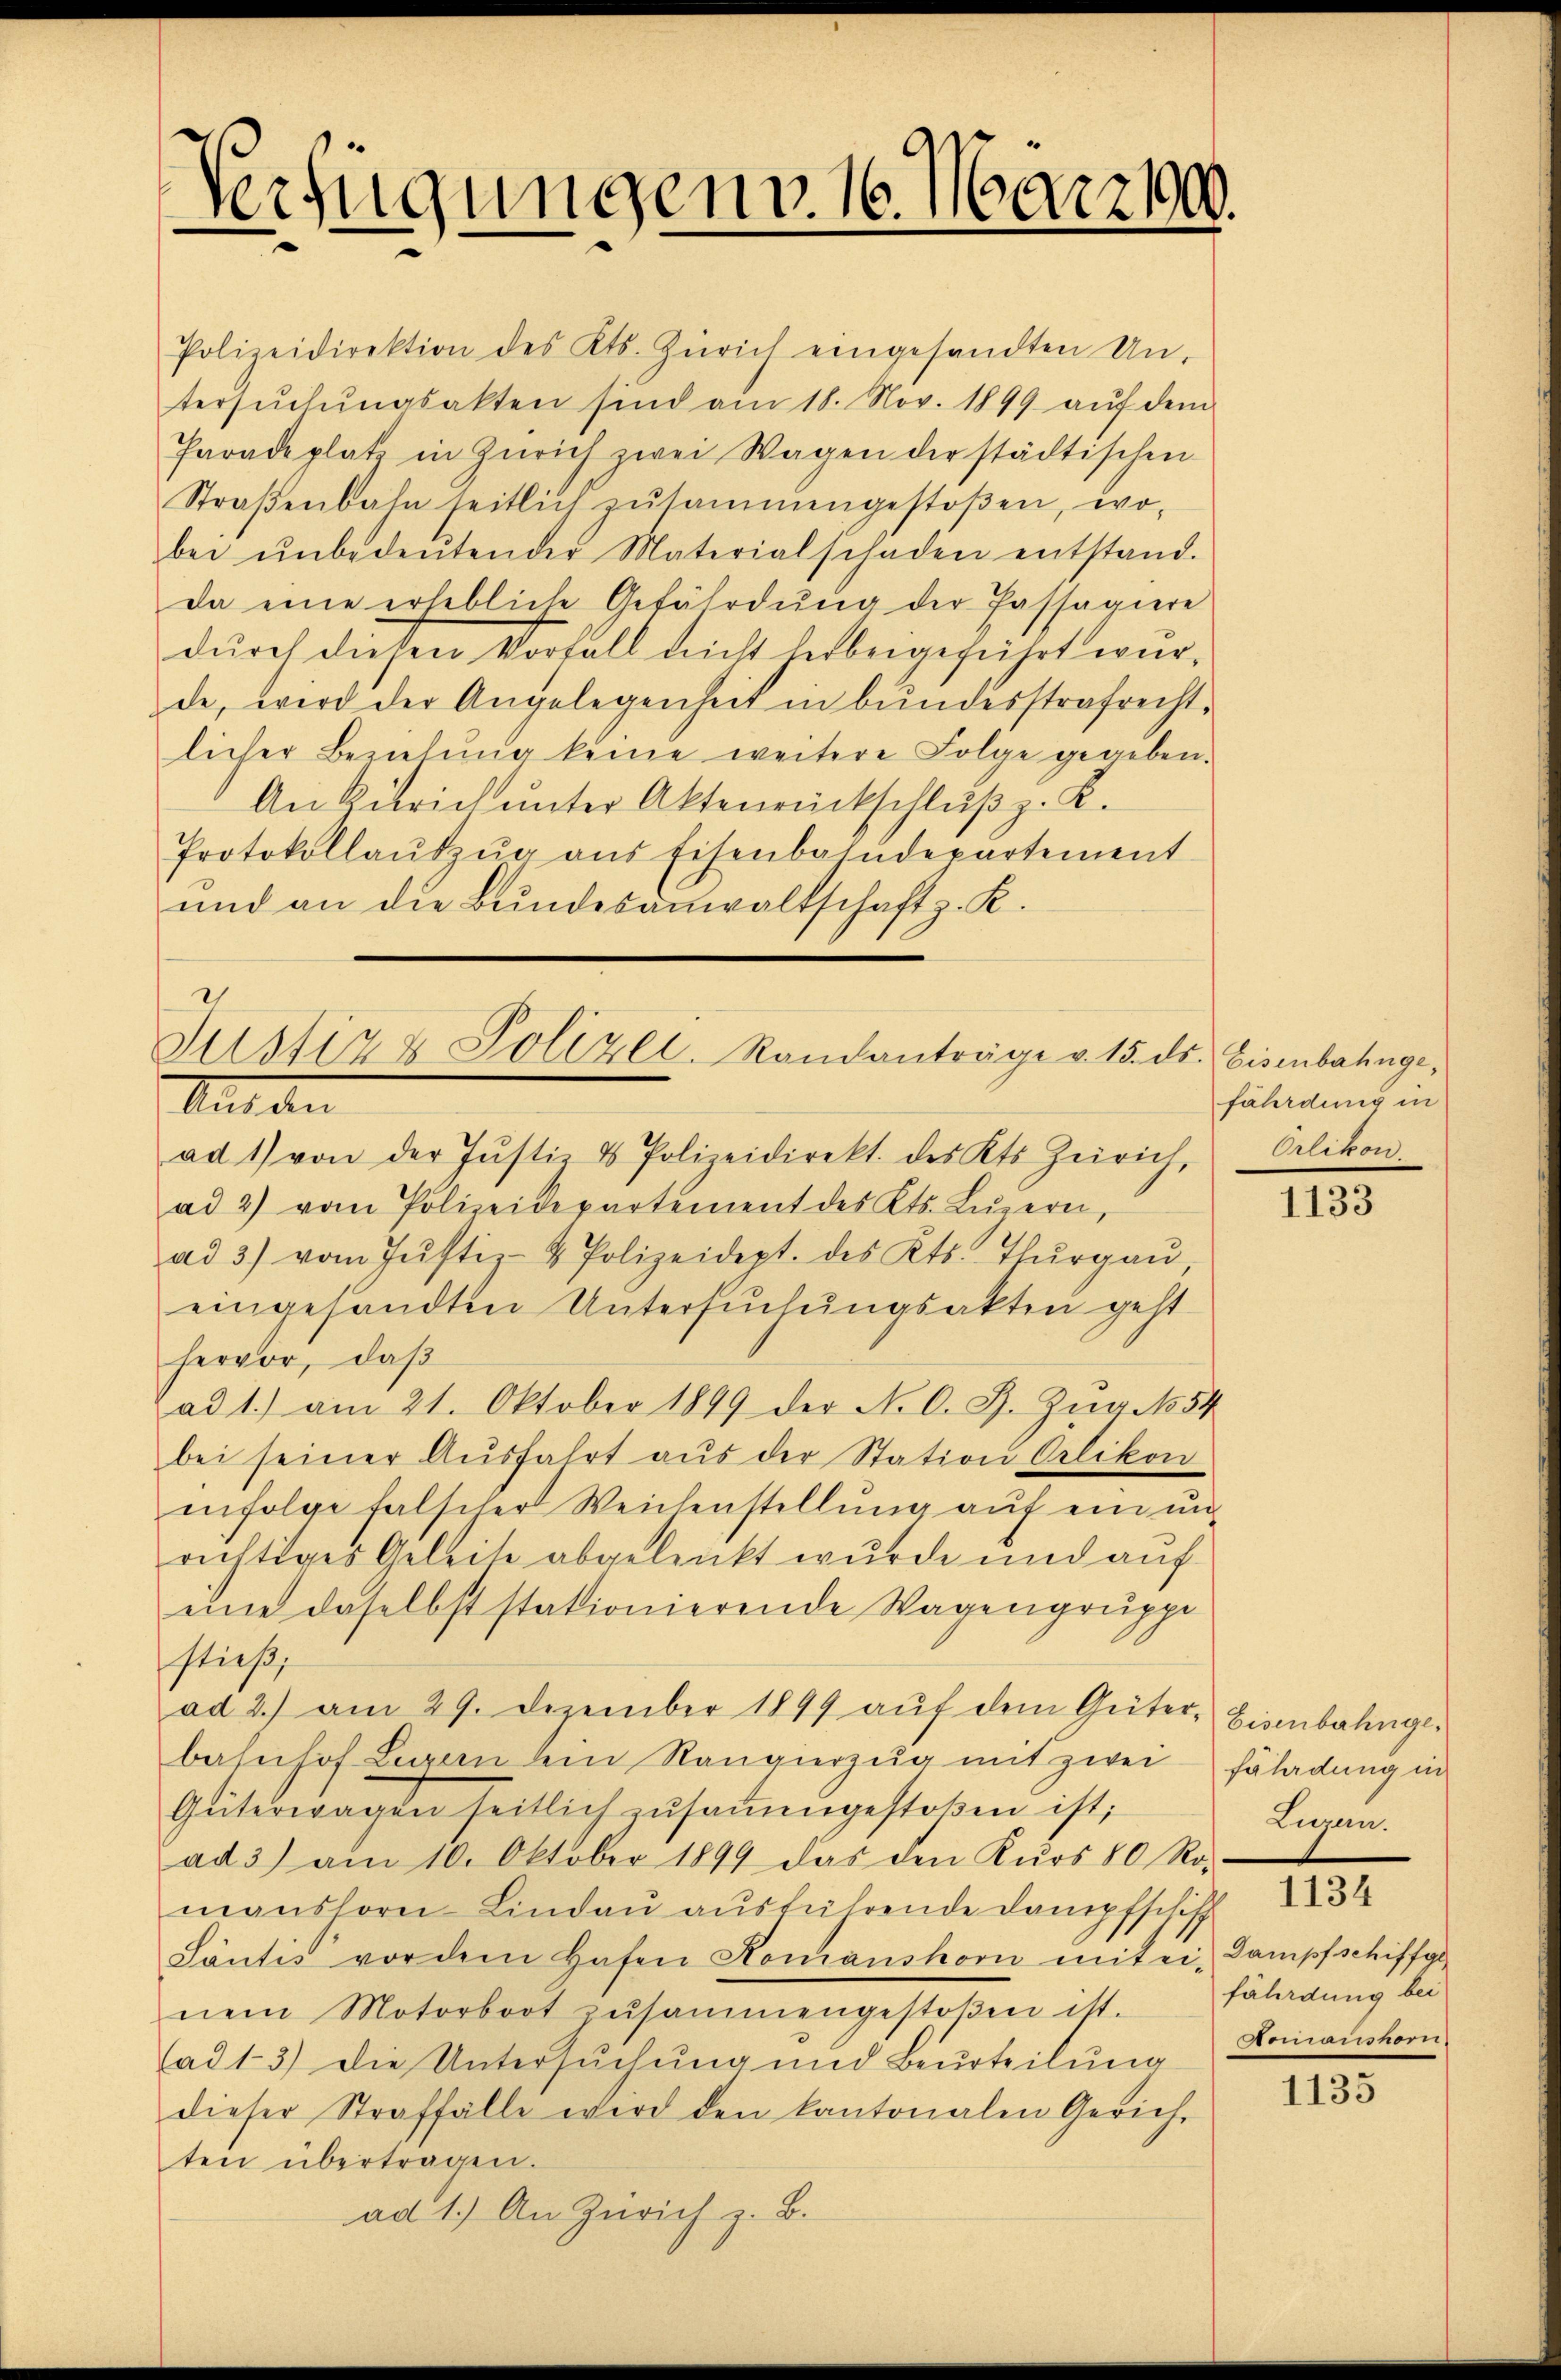
Verfügungen v. 16. März 1900.

Polizeidirektion des Kts. Zürich eingesandten Un-
tersŭchŭngsakten sind am 18. Nov. 1899 aŭf dem
Paradeplatz in Zürich zwei Wagen der städtischen
Straβenbahn seitlich zŭsammengestoβen, wo-
bei ŭnbedeŭtender Materialschaden entstand.
da eine erhebliche Gefährdung der Passagiere
durch diesen Vorfall nicht herbeigeführt wurde, wird der Angelegenheit in bundesstrafrechtlicher Bezielung keine weitere Folge gegeben.
An Zürich unter Aktenrückschluß z. K.
Protokollaŭszŭg ans Eisenbahndepartement
ŭnd an die Bŭndesanwaltschaft z. K.

Justiz & Polizei, Randanträge v. 15. ds. Eisenbahnge¬
Aut an

ad 1) von der Justiz & Polizeidirekt. des Kts. Zürich Orlikon.
ad 2) vom Polizeidepartement des Kts. Lŭzern,
ad 3) vom Jŭstiz- & Polizeidept. des Kts. Thŭrgaŭ,
eingesandten Untersuchungsakten geht
hervor, daß
ad 1.) am 21. Oktober 1899 der N. O. G. Zug No 54
bei seiner Aŭsfahrt aŭs der Station Oerlikon
infolge falscher Weichenstellung auf ein unrichtiges Geleite abgelenkt wurde und auf
eine daselbst stationierende Wagengruppe
stieß,
ad 2.) am 29. Dezember 1899 aŭf dem Güter- Eisenbahngebahnhof Luzern dein Rangierzug mit zwei Fäladung in
Güterwagen seitlich zŭsaṁengestoßen ist;
ad 3) am 10. Oktober 1899 das den Kŭrs 80 Ro-
manshorn Lindau ausführende Dampfschiff
Säntis vor dem Hafen Homanshorn mit ei-Dampfschiffge
nem Motorboot zŭsammengestoβen ist.
ad 13) die Untersuchung und Beurteilung Domanshorn
dieser Straffälle wird den kantonalen Gerich-
ten übertragen.
ad 1.) An Zürich z. B.

fährdung in

1133

Luren.
1134
fährdung bei

1135